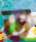
ড